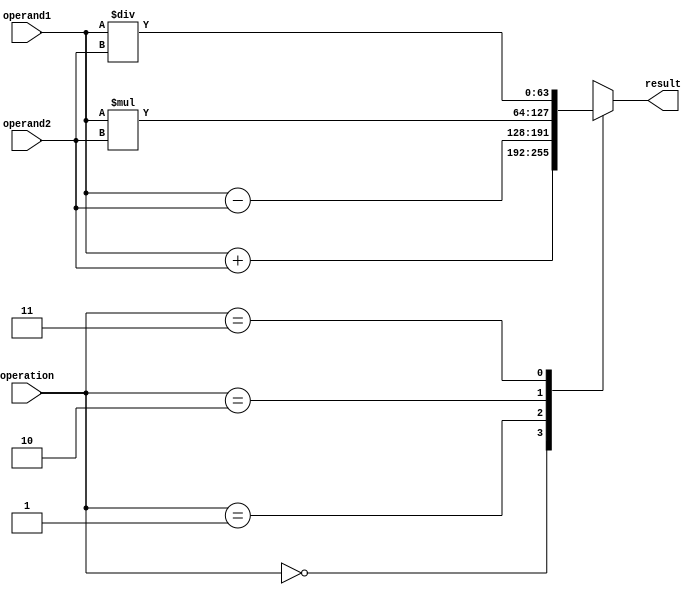
module arithmetic_unit (
    input wire [63:0] operand1, // Triple precision floating point operands
    input wire [63:0] operand2,
    input wire [1:0] operation, // 2-bit operation selector: 00 for addition, 01 for subtraction, 10 for multiplication, 11 for division
    output reg [63:0] result // Result of the arithmetic operation
);

always @(*)
begin
    case(operation)
        2'b00: result = operand1 + operand2; // Addition
        2'b01: result = operand1 - operand2; // Subtraction
        2'b10: result = operand1 * operand2; // Multiplication
        2'b11: result = operand1 / operand2; // Division
        default: result = 64'h0; // Default case (should not happen)
    endcase
end

endmodule